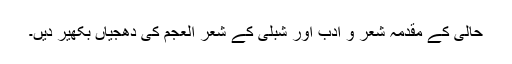
حالیؔ کے مقدمہ شعر و ادب اور شبلیؔ کے شعر العجم کی دھجیاں بکھیر دیں۔